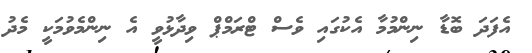
އެފަދަ ބޮޑާ ނިންމުމާ އެކުގައި ވެސް ޓްރަމްޕް ވިދާޅުވީ އެ ނިންމެވުމަކީ މެދު